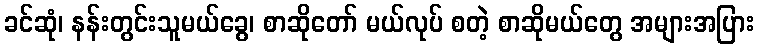
ခင်ဆုံ၊ နန်းတွင်းသူမယ်ခွေ၊ စာဆိုတော် မယ်လုပ် စတဲ့ စာဆိုမယ်တွေ အများအပြား